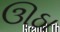
ઊઠા